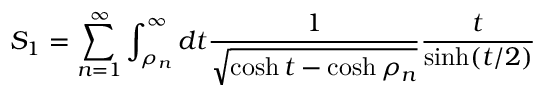
S _ { 1 } = \sum _ { n = 1 } ^ { \infty } \int _ { \rho _ { n } } ^ { \infty } d t \frac { 1 } { \sqrt { \cosh t - \cosh \rho _ { n } } } \frac { t } { \sinh ( t / 2 ) }